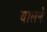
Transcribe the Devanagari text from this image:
बालने